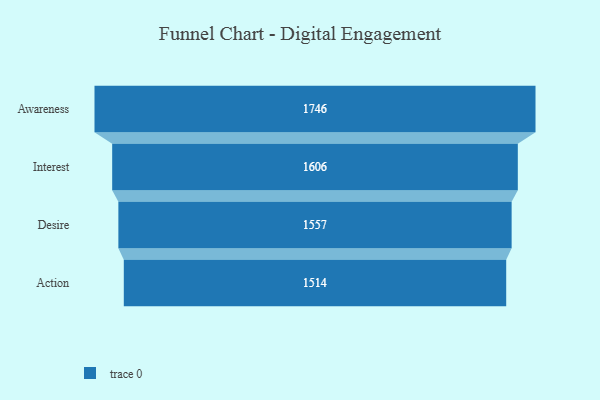
{"axis": {"x": "Stage", "y": "Value"}, "legend": [""], "data": [{"x": "Awareness", "y": 1746.0, "type": ""}, {"x": "Interest", "y": 1606.0, "type": ""}, {"x": "Desire", "y": 1557.0, "type": ""}, {"x": "Action", "y": 1514.0, "type": ""}]}